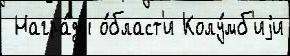
 Награ́ды о́бласт'и Колу́мб'иjи